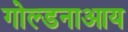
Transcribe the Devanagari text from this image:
गोल्डनाआय